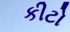
કીટો